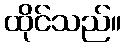
ထိုင်သည်။